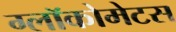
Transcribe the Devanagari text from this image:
ग्लॉकोमेटस